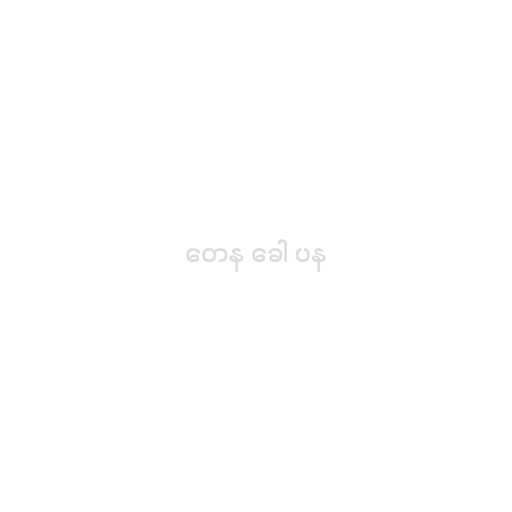
တေန ခေါ ပန